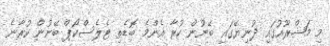
މި މަޝްރޫއުގައި ދުނިޔޭގައި ބޭނުން ކުރާ އެންމެ ބޮޑެތި ޓެލެސްކޯޕް ބޭނުން ކުރާނެ